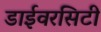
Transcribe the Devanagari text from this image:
डाईवरसिटी